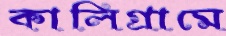
কালিগ্রামে